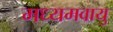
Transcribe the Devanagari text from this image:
मध्यमवायु